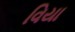
વિયા